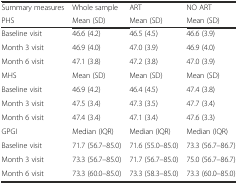
<table><thead><tr><td><b>Summary measures</b></td><td><b>Whole sample</b></td><td><b>ART</b></td><td><b>NO ART</b></td></tr><tr><td><b>PHS</b></td><td><b>Mean (SD)</b></td><td><b>Mean (SD)</b></td><td><b>Mean (SD)</b></td></tr></thead><tbody><tr><td>Baseline visit</td><td>46.6 (4.2)</td><td>46.5 (4.5)</td><td>46.6 (3.9)</td></tr><tr><td>Month 3 visit</td><td>46.9 (4.0)</td><td>47.0 (3.9)</td><td>46.9 (4.0)</td></tr><tr><td>Month 6 visit</td><td>47.1 (3.8)</td><td>47.2 (3.8)</td><td>47.0 (3.9)</td></tr><tr><td>MHS</td><td>Mean (SD)</td><td>Mean (SD)</td><td>Mean (SD)</td></tr><tr><td>Baseline visit</td><td>46.9 (4.2)</td><td>46.4 (4.5)</td><td>47.4 (3.8)</td></tr><tr><td>Month 3 visit</td><td>47.5 (3.4)</td><td>47.3 (3.5)</td><td>47.7 (3.4)</td></tr><tr><td>Month 6 visit</td><td>47.4 (3.4)</td><td>47.1 (3.4)</td><td>47.6 (3.3)</td></tr><tr><td>GPGI</td><td>Median (IQR)</td><td>Median (IQR)</td><td>Median (IQR)</td></tr><tr><td>Baseline visit</td><td>71.7 (56.7–85.0)</td><td>71.6 (55.0–85.0)</td><td>73.3 (56.7–86.7)</td></tr><tr><td>Month 3 visit</td><td>73.3 (56.7–85.0)</td><td>71.7 (56.7–85.0)</td><td>75.0 (56.7–86.7)</td></tr><tr><td>Month 6 visit</td><td>73.3 (60.0–85.0)</td><td>73.3 (58.3–85.0)</td><td>73.3 (60.0–85.0)</td></tr></tbody></table>